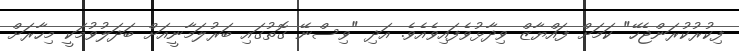
ފިކުރުކުރަަންޖެހޭ" ކަމަށް ފައްޔާޒް ވިދާޅުވެފައިވެއެވެ. އަދި "ވިސްނޭ ގޮތުގައިި ބަރުލަމާނީއަށް ބަދަލުވުމަކީ މިހާރަށް